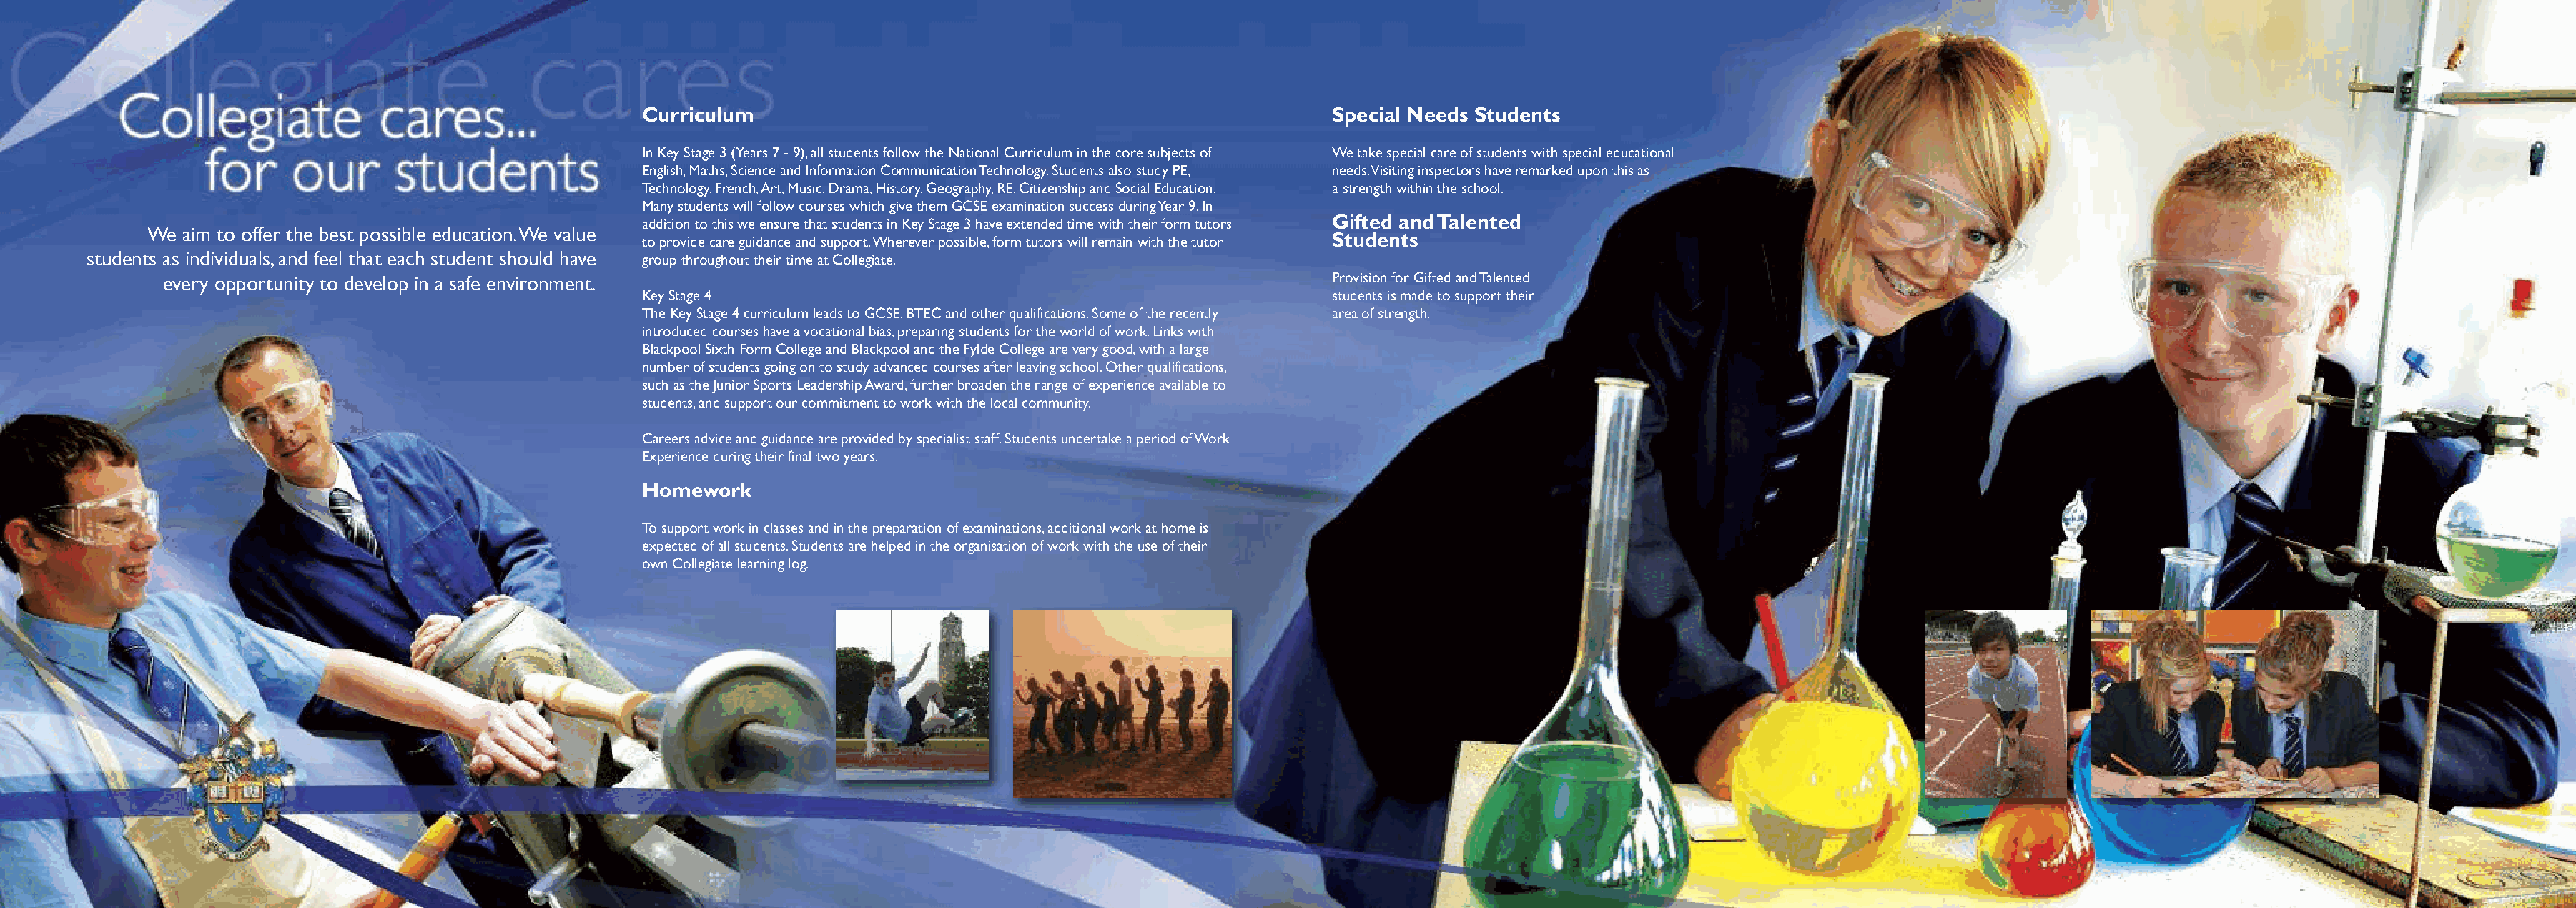
Curriculum                                                      Special Needs Students
 In Key Stage 3 (Years 7 - 9), all students follow the National Curriculum in the core subjects of We take special care of students with special educational
 English, Maths, Science and Information Communication Technology. Students also study PE, needs. Visiting inspectors have remarked upon this as
 Technology, French, Art, Music, Drama, History, Geography, RE, Citizenship and Social Education. a strength within the school.
 Many students will follow courses which give them GCSE examination success during Year 9. In
 Gifted and Talented
 addition to this we ensure that students in Key Stage 3 have extended time with their form tutors
 We aim to offer the best possible education. We value
 Students
 to provide care guidance and support. Wherever possible, form tutors will remain with the tutor
 students as individuals, and feel that each student should have group throughout their time at Collegiate.
 every opportunity to develop in a safe environment.                                                         Provision for Gifted and Talented
 Key Stage 4                                                     students is made to support their
 The Key Stage 4 curriculum leads to GCSE, BTEC and other qualifications. Some of the recently area of strength.
 introduced courses have a vocational bias, preparing students for the world of work. Links with
 Blackpool Sixth Form College and Blackpool and the Fylde College are very good, with a large
 number of students going on to study advanced courses after leaving school. Other qualifications,
 such as the Junior Sports Leadership Award, further broaden the range of experience available to
 students, and support our commitment to work with the local community.
 Careers advice and guidance are provided by specialist staff. Students undertake a period of Work
 Experience during their final two years.
 Homework
 To support work in classes and in the preparation of examinations, additional work at home is
 expected of all students. Students are helped in the organisation of work with the use of their
 own Collegiate learning log.